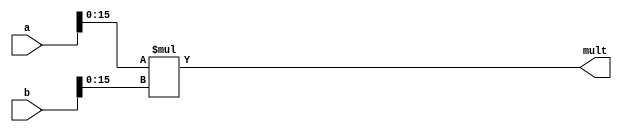
`timescale 1ns / 1ps
//////////////////////////////////////////////////////////////////////////////////
// Company: 
// Engineer: 
// 
// Design Name: 
// Module Name:    mul32 
// Project Name: 
// Target Devices: 
// Tool versions: 
// Description: 
//
// Dependencies: 
//
// Revision: 
// Revision 0.01 - File Created
// Additional Comments: 
//
//////////////////////////////////////////////////////////////////////////////////
module mul32(
	a, 
	b, 
	mult
    );
	 
	 input wire [31:0] a;
	 input wire [31:0] b;
	 output reg[31:0] mult =0;
	 
	 always@(*)
	 begin
	 mult <= a[15:0]*b[15:0];
	 end


endmodule